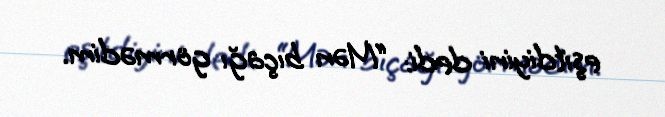
eşitdiyini dedi: “Mən bıçağı görmədim.